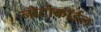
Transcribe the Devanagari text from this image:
नोटोकॉर्डल